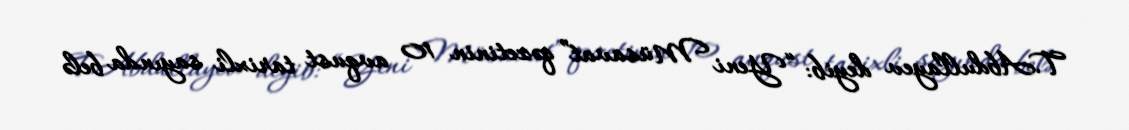
T.Abdullayev deyib: “Yeni Müsavat” qəzetinin 10 avqust tarixli sayında belə